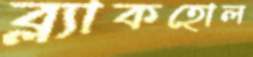
ব্ল্যাকহোল